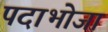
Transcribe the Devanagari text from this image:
पदाभोजा